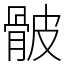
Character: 骳